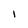
Character: l